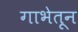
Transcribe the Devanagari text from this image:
गाभेतून